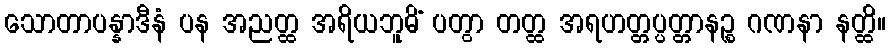
သောတာပန္နာဒီနံ ပန အညတ္ထ အရိယဘူမိံ ပတွာ တတ္ထ အရဟတ္တပ္ပတ္တာနဉ္စ ဂဏနာ နတ္ထိ။